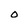
Character: O